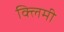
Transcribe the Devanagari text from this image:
क्लिमी